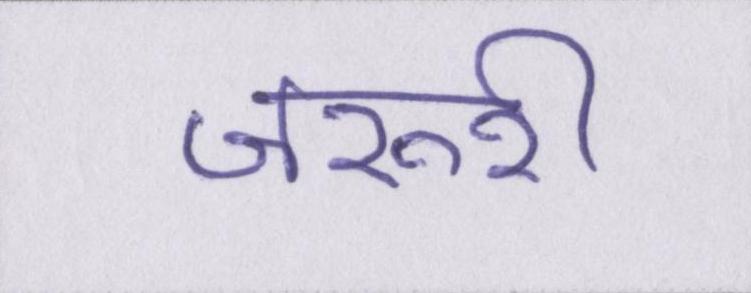
जरूरी